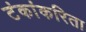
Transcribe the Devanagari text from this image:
टंकांकरिता